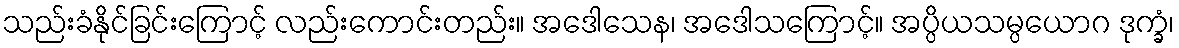
သည်းခံနိုင်ခြင်းကြောင့် လည်းကောင်းတည်း။ အဒေါသေန၊ အဒေါသကြောင့်။ အပ္ပိယသမ္ပယောဂ ဒုက္ခံ၊